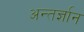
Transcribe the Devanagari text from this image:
अन्तर्ज्ञान